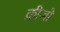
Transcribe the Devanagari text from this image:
क्रीजों